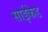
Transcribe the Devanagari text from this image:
साईकेड